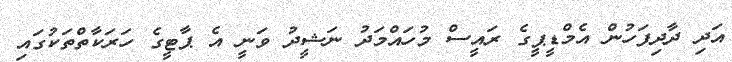
އަދި ދާދިފަހުން އެމްޑީޕީގެ ރައީސް މުހައްމަދު ނަޝީދު ވަނީ އެ ޕާޓީގެ ހަރަކާތްތަކުގައި